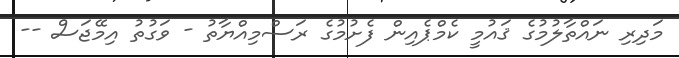
މަދިރި ނައްތާލުމުގެ ޤައުމީ ކެމްޕެއިން ފެށުމުގެ ރަސްމިއްޔާތު - ވަގުތު އިމޭޖަސް --